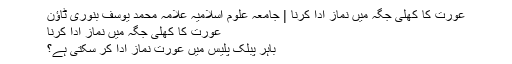
عورت کا کھلی جگہ میں نماز ادا کرنا | جامعہ علوم اسلامیہ علامہ محمد یوسف بنوری ٹاؤن
عورت کا کھلی جگہ میں نماز ادا کرنا
باہر پبلک پلیس میں عورت نماز ادا کر سکتی ہے؟